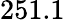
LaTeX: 251.1